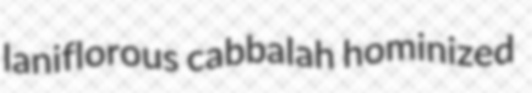
laniflorous cabbalah hominized